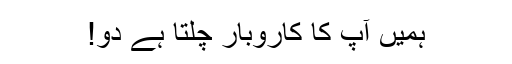
ہمیں آپ کا کاروبار چلتا ہے دو!